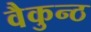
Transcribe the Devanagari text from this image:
वैकुन्ठ